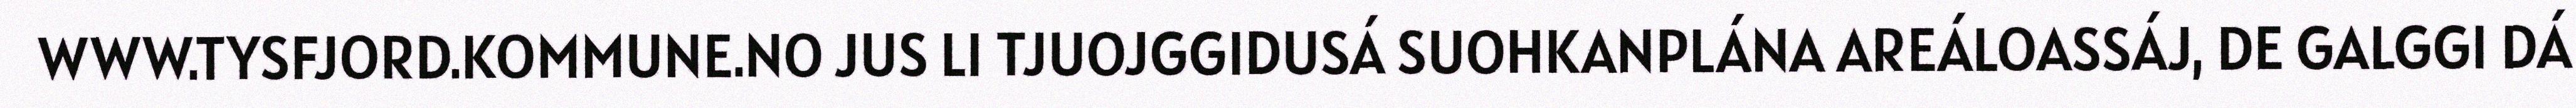
WWW.TYSFJORD.KOMMUNE.NO JUS LI TJUOJGGIDUSÁ SUOHKANPLÁNA AREÁLOASSÁJ, DE GALGGI DÁ